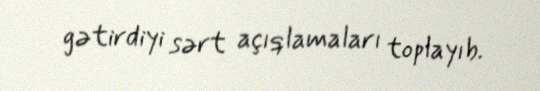
gətirdiyi sərt açıqlamaları toplayıb.